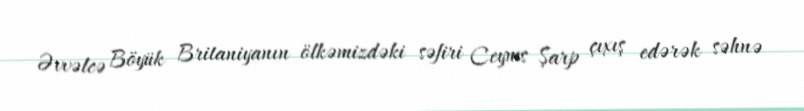
Əvvəlcə Böyük Britaniyanın ölkəmizdəki səfiri Ceyms Şarp çıxış edərək səhnə